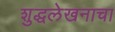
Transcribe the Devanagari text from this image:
शुद्धलेखनाचा